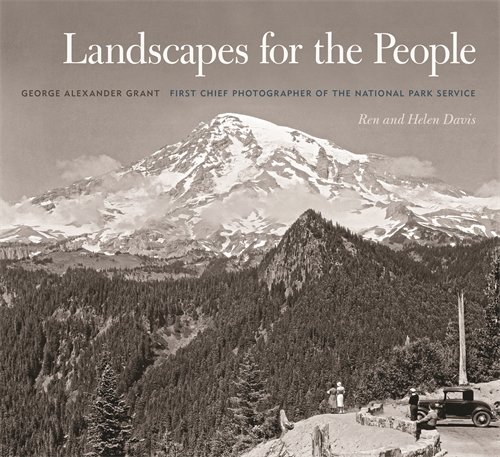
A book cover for Landscapes for the People: George Alexander Grant, First Chief Photographer of the National Park Service (A Friends Fund Publication); Ren Davis; Science & Math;